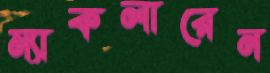
ম্যাকলারেন